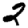
Digit: 2